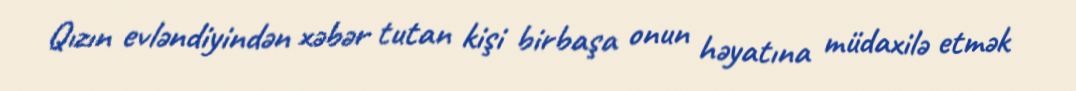
Qızın evləndiyindən xəbər tutan kişi birbaşa onun həyatına müdaxilə etmək